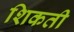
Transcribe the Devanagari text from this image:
शिकती